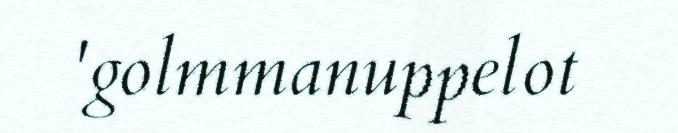
'golmmanuppelot